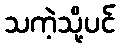
သကဲ့သို့ပင်